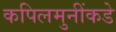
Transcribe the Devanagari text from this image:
कपिलमुनींकडे